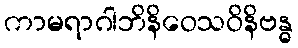
ကာမရာဂါဘိနိဝေသဝိနိဗန္ဓ